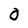
Character: 0